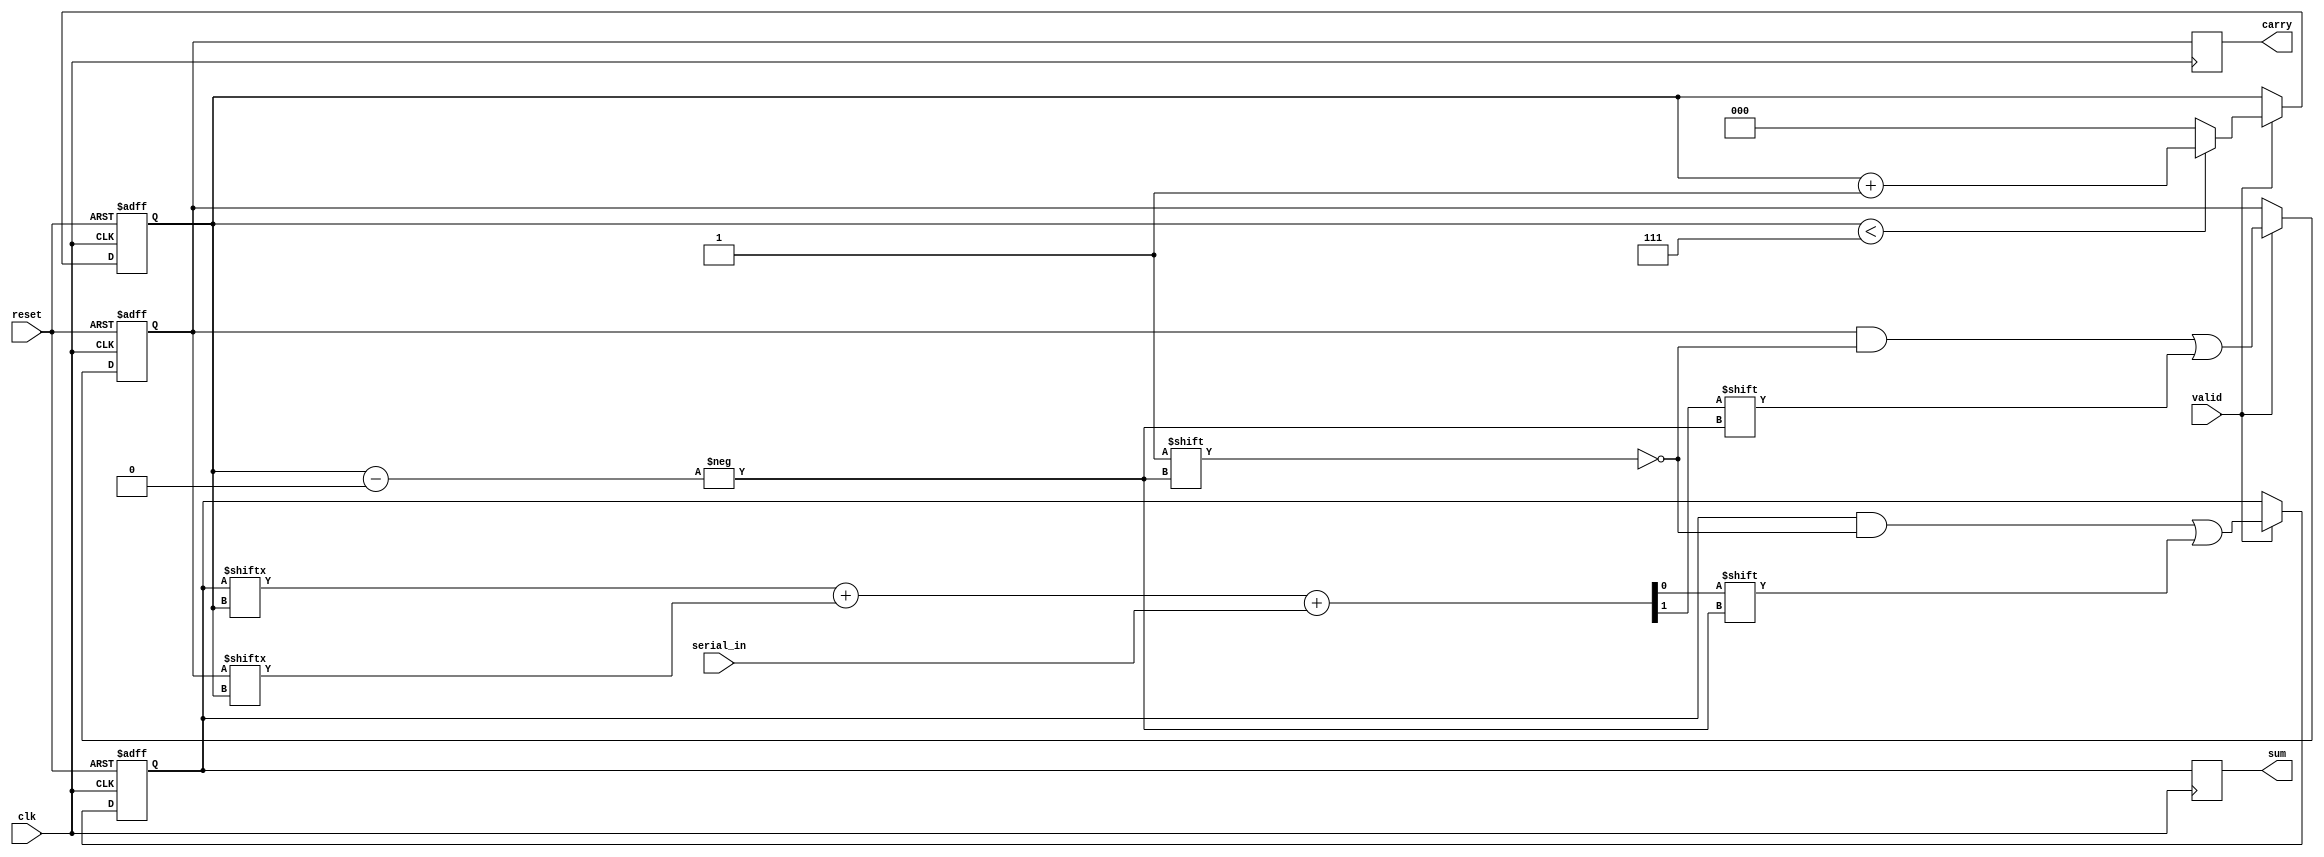
module CarrySaveAdder (
    input wire clk,          // Clock signal
    input wire reset,        // Reset signal
    input wire serial_in,    // Serial input bit
    input wire valid,        // Valid signal to indicate when to process input
    output reg [N-1:0] sum,  // Sum output
    output reg [N-1:0] carry // Carry output
);
    parameter N = 8; // Number of bits in the operands

    reg [N-1:0] sum_reg;   // Register to hold the sum
    reg [N-1:0] carry_reg; // Register to hold the carry
    reg [2:0] count;       // Counter for the number of bits processed

    // Full adder logic
    wire sum_out;
    wire carry_out;

    // Full adder instance
    assign {carry_out, sum_out} = sum_reg[count] + carry_reg[count] + serial_in;

    always @(posedge clk or posedge reset) begin
        if (reset) begin
            sum_reg <= 0;
            carry_reg <= 0;
            count <= 0;
        end else if (valid) begin
            // Update sum and carry registers
            sum_reg[count] <= sum_out;
            carry_reg[count] <= carry_out;

            // Increment the count
            if (count < N-1) begin
                count <= count + 1;
            end else begin
                // Reset count after processing all bits
                count <= 0;
            end
        end
    end

    // Assign final outputs
    always @(posedge clk) begin
        sum <= sum_reg;
        carry <= carry_reg;
    end
endmodule